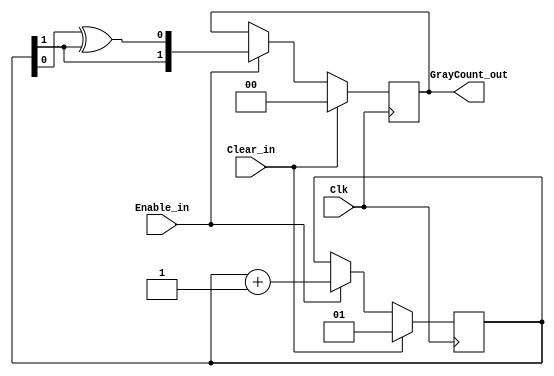
module vgafb_graycounter
   #(parameter   COUNTER_WIDTH = 2)
    (output reg  [COUNTER_WIDTH-1:0]    GrayCount_out,  
     input wire                         Enable_in,  
     input wire                         Clear_in,   
     input wire                         Clk);
    reg    [COUNTER_WIDTH-1:0]         BinaryCount;
    always @ (posedge Clk)
        if (Clear_in) begin
            BinaryCount   <= {COUNTER_WIDTH{1'b 0}} + 1;  
            GrayCount_out <= {COUNTER_WIDTH{1'b 0}};      
        end
        else if (Enable_in) begin
            BinaryCount   <= BinaryCount + 1;
            GrayCount_out <= {BinaryCount[COUNTER_WIDTH-1],
                              BinaryCount[COUNTER_WIDTH-2:0] ^ BinaryCount[COUNTER_WIDTH-1:1]};
        end
endmodule